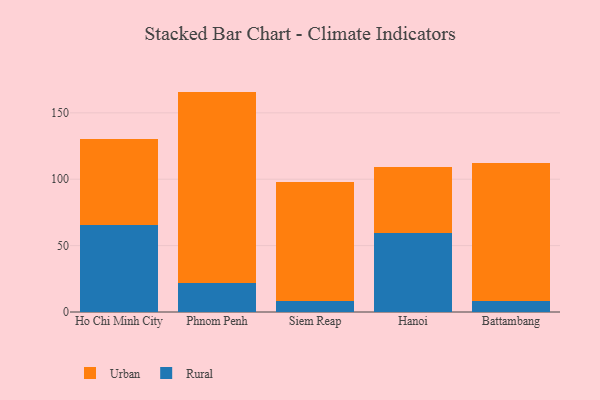
{"axis": {"x": "City", "y": "Satisfaction Score"}, "legend": ["Rural", "Urban"], "data": [{"x": "Ho Chi Minh City", "y": 65.8, "type": "Rural"}, {"x": "Ho Chi Minh City", "y": 64.7, "type": "Urban"}, {"x": "Phnom Penh", "y": 21.9, "type": "Rural"}, {"x": "Phnom Penh", "y": 144.1, "type": "Urban"}, {"x": "Siem Reap", "y": 8.4, "type": "Rural"}, {"x": "Siem Reap", "y": 89.3, "type": "Urban"}, {"x": "Hanoi", "y": 59.5, "type": "Rural"}, {"x": "Hanoi", "y": 49.6, "type": "Urban"}, {"x": "Battambang", "y": 8.4, "type": "Rural"}, {"x": "Battambang", "y": 103.9, "type": "Urban"}]}